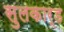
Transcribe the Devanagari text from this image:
सुलकार्ड